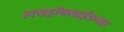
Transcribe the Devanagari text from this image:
हायड्राॅक्साईडच्या